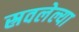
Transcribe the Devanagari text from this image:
स्रवलेल्या